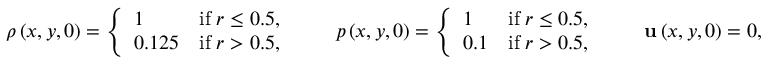
\rho \left( x , y , 0 \right) = \left\lbrace \begin{array} { l r } { 1 } & { \mathrm { i f } \; r \le 0 . 5 , } \\ { 0 . 1 2 5 } & { \mathrm { i f } \; r > 0 . 5 , } \end{array} \right. \qquad p \left( x , y , 0 \right) = \left\lbrace \begin{array} { l r } { 1 } & { \mathrm { i f } \; r \le 0 . 5 , } \\ { 0 . 1 } & { \mathrm { i f } \; r > 0 . 5 , } \end{array} \right. \qquad \mathbf { u } \left( x , y , 0 \right) = 0 ,